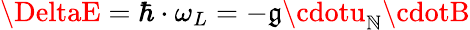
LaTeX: \DeltaE=\hbar\cdot\omega_{L}=-\mathfrak{g}\cdotu_{\mathbb{N}}\cdotB